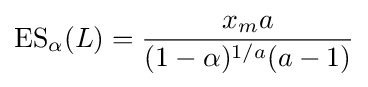
\operatorname {ES} _{\alpha }(L)={\frac {x_{m}a}{(1-\alpha )^{1/a}(a-1)}}